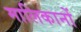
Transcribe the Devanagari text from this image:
मालिकानों